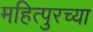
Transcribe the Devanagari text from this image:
महित्पुरच्या